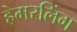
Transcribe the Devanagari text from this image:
हेमरलिंग